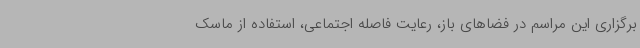
برگزاری این مراسم در فضاهای باز، رعایت فاصله اجتماعی، استفاده از ماسک